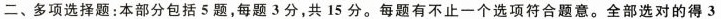
二、多项选择题:本部分包括 5 题,每题 3 分,共 15 分。每题有不止一个选项符合题意。全部选对的得 3